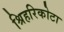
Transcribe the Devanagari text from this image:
श्रिहरिकोटा